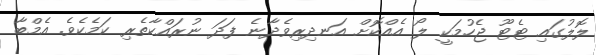
ލޮލުގައި ޓެޓޫ ޖެހުމަކީ ލޯ އެއްކޮށް އަނދިރިވެދާނެ ފަދަ ނުރައްކާތެރި ކަމެކެވެ. އެމްބާ